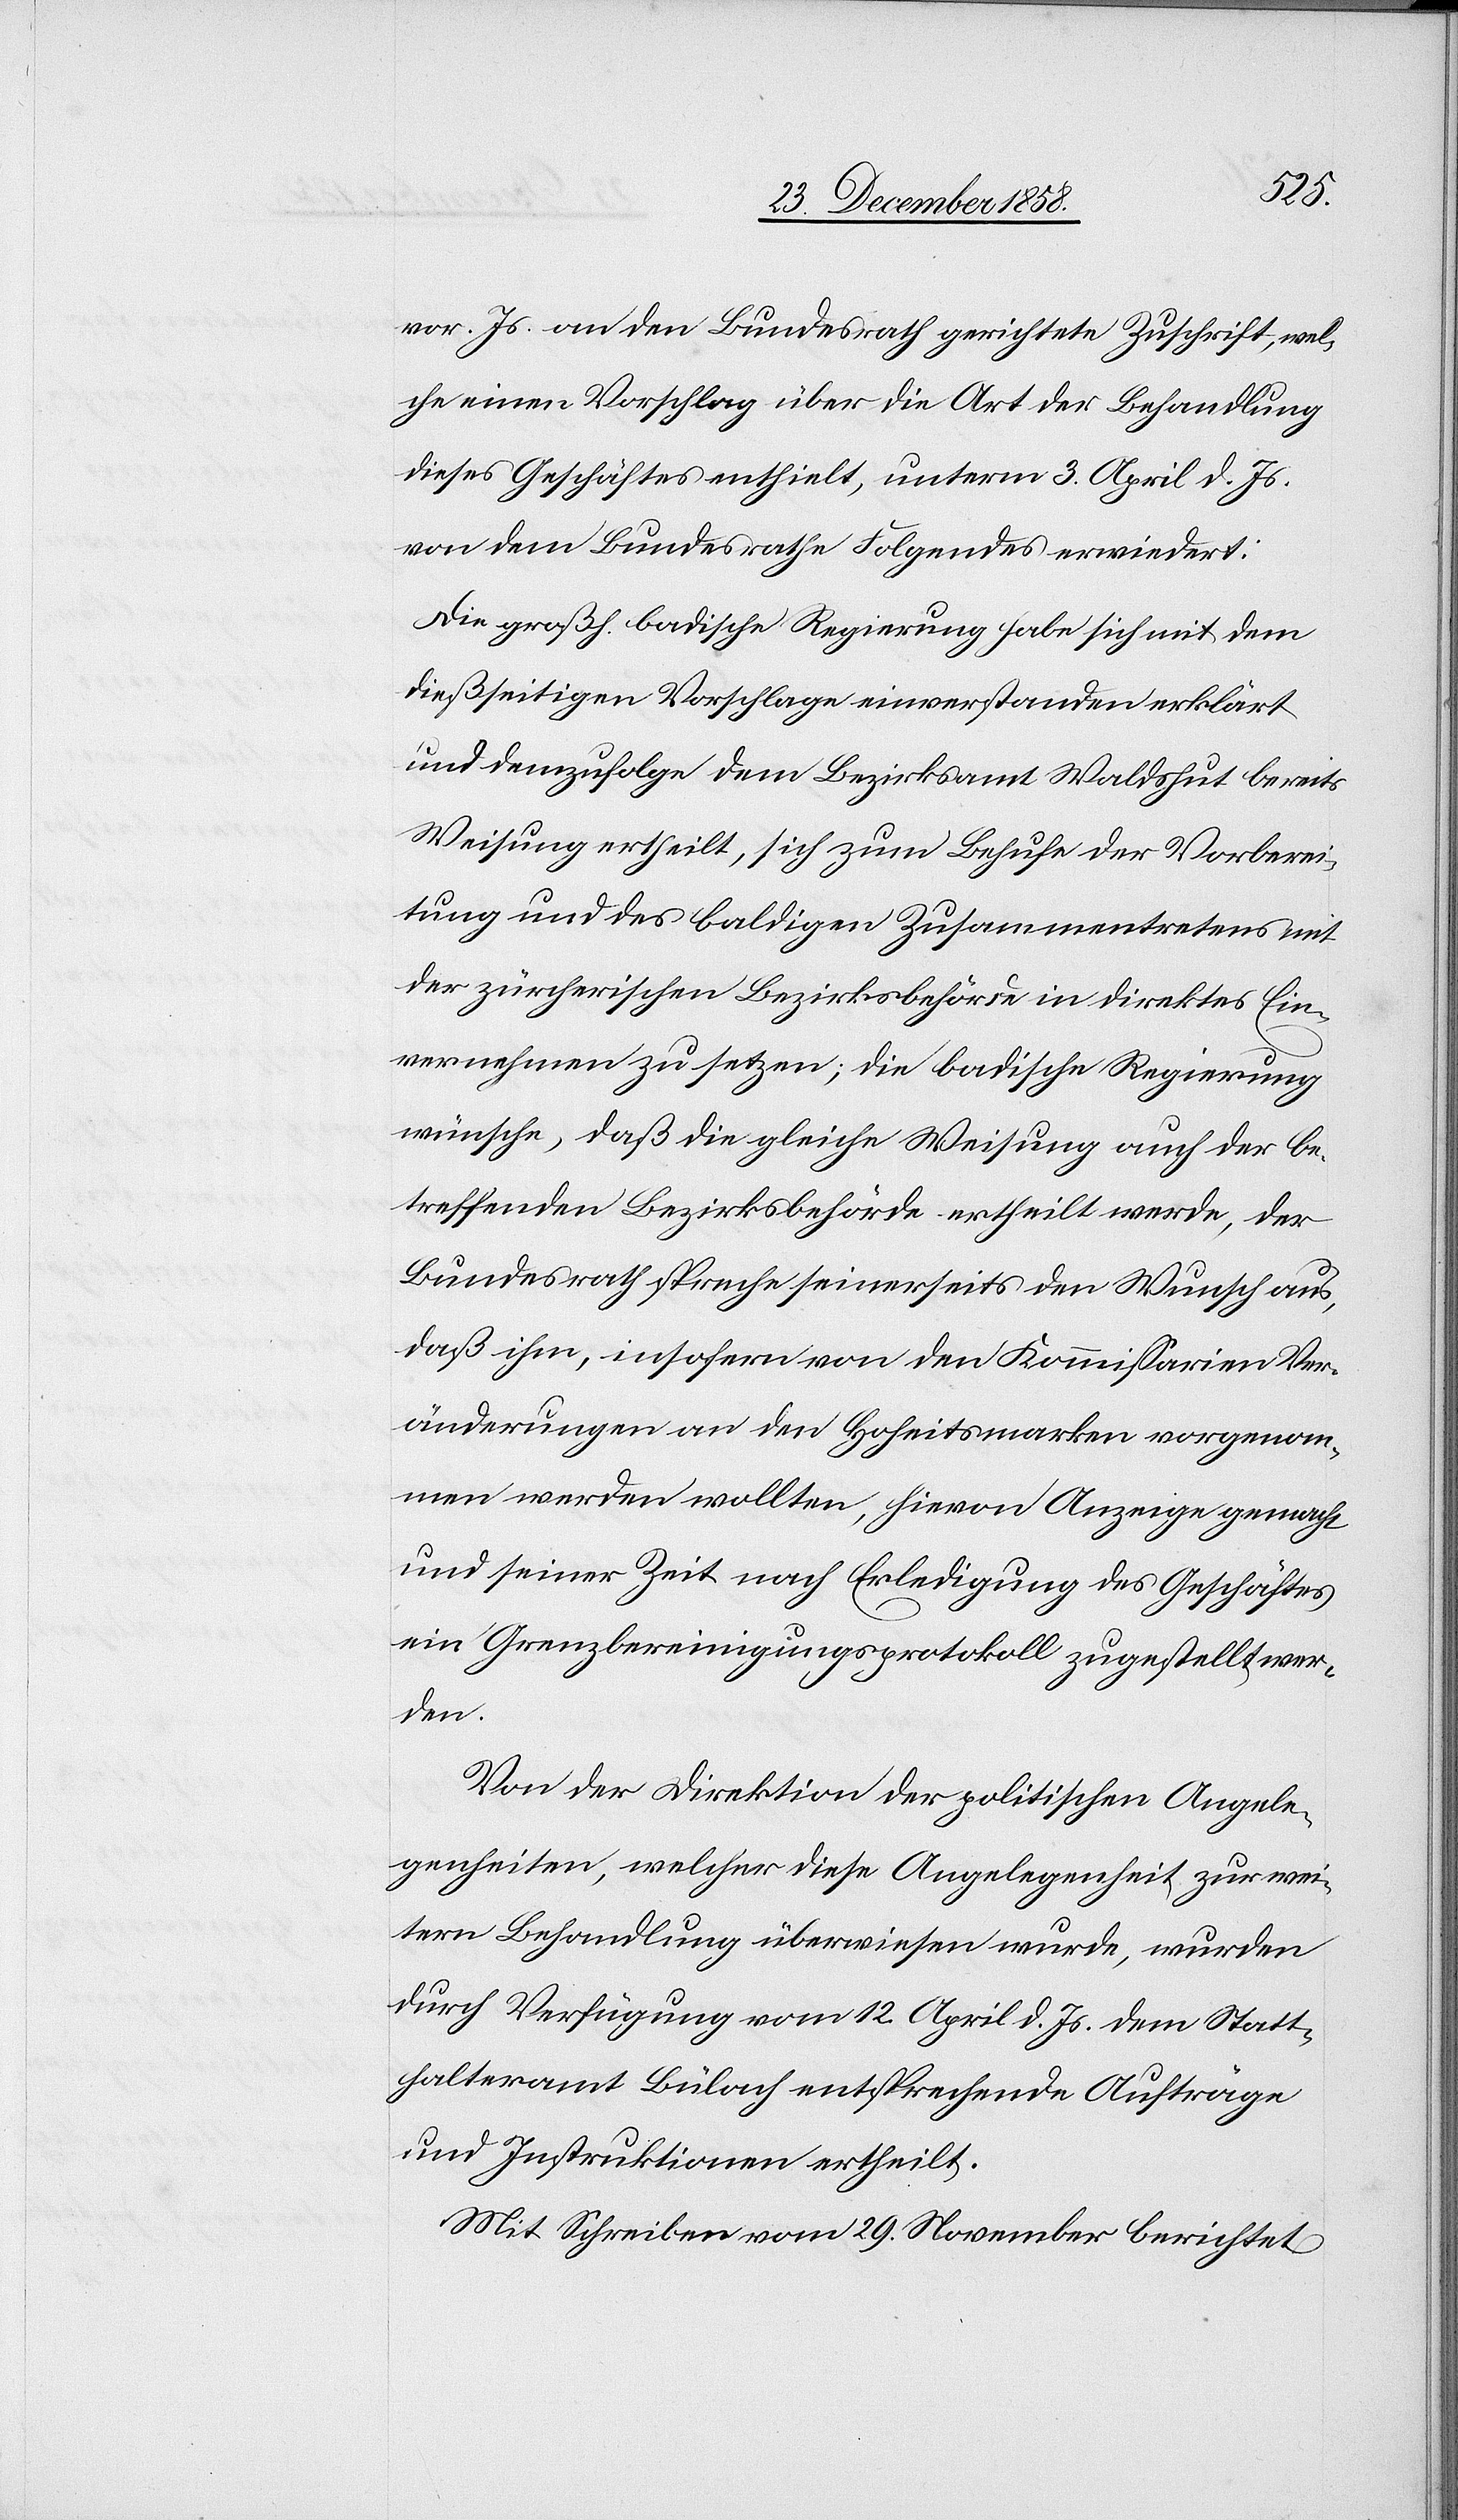
vor. Js. an den Bundesrath gerichtete Zuschrift, wel¬
che einen Vorschlag über die Art der Behandlung
dieses Geschäftes enthielt, unterm 3. April d. Js.
von dem Bundesrathe Folgendes erwiedert:
Die großh. badische Regierung habe sich mit dem
dießseitigen Vorschlage einverstanden erklärt
und demzufolge dem Bezirksamt Waldshut bereits
Weisung ertheilt, sich zum Behufe der Vorberei¬
tung und des baldigen Zusammentretens mit
der zürcherischen Bezirksbehörde in direktes Ein¬
vernehmen zu setzen; die badische Regierung
wünsche, daß die gleiche Weisung auch der be¬
treffenden Bezirksbehörde ertheilt werde, der
Bundesrath spreche seinerseits den Wunsch aus,
daß ihm, insofern von den Kommissarien Ver¬
änderungen an den Hoheitsmarken vorgenom¬
men werden wollten, hievon Anzeige gemacht
und seiner Zeit nach Erledigung des Geschäftes
ein Grenzbereinigungsprotokoll zugestellt wer¬
den
Von der Direktion der politischen Angele¬
genheiten, welcher diese Angelegenheit zur wei¬
tern Behandlung überwiesen wurde, wurden
durch Verfügung vom 12. April d. Js. dem Statt¬
halteramt Bülach entsprechende Aufträge
und Instruktionen ertheilt.
Mit Schreiben vom 29. November berichtet